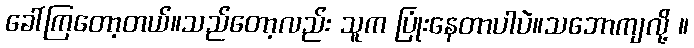
ခေါ်ကြတော့တယ်။သည်တော့လည်း သူက ပြုံးနေတာပါပဲ။သဘောကျလို့ ။